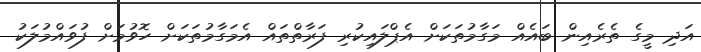
އަދި މީގެ ތެރެއިން ބައެއް މަގާމުތަކަށް އެޕްލައިކުރި ފަރާތްތައް އެމަގާމުތަކަށް ހޮވުމަށް ފުވައްމުލަކު